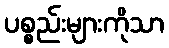
ပစ္စည်းများကိုသာ